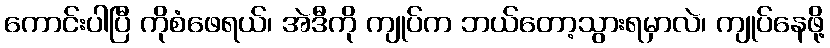
ကောင်းပါပြီ ကိုစံဖေရယ်၊ အဲဒီကို ကျုပ်က ဘယ်တော့သွားရမှာလဲ၊ ကျုပ်နေဖို့